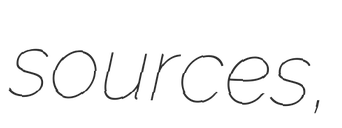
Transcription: sources,